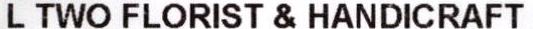
L TWO FLORIST & HANDICRAFT